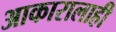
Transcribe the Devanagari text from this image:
आकारालाही